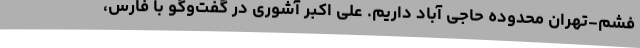
فشم-تهران محدوده حاجی آباد داریم. علی اکبر آشوری در گفت‌وگو با فارس،